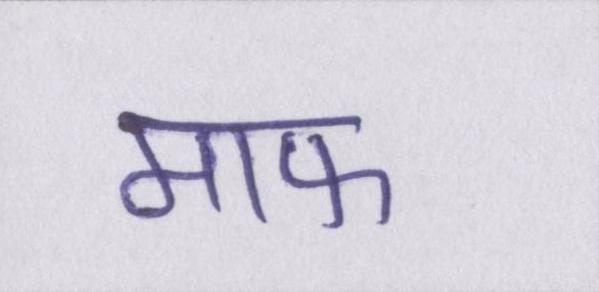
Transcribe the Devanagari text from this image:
माफ